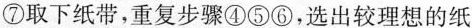
⑦取下纸带，重复步骤④⑤⑥，选出较理想的纸